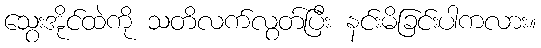
သွေးအိုင်ထဲကို သတိလက်လွတ်ပြီး နင်းမိခြင်းပါကလား။